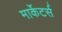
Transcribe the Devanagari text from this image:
मार्केटर्स